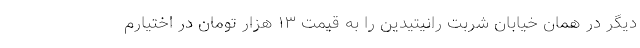
دیگر در همان خیابان شربت رانیتیدین را به قیمت ۱۳ هزار تومان در اختیارم